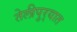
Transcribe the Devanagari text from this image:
तेलीपुर्‍यात